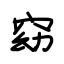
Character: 窈